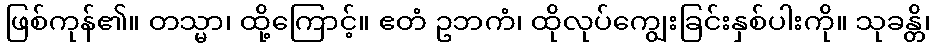
ဖြစ်ကုန်၏။ တသ္မာ၊ ထို့ကြောင့်။ ဧတံ ဥဘကံ၊ ထိုလုပ်ကျွေးခြင်းနှစ်ပါးကို။ သုခန္တိ၊